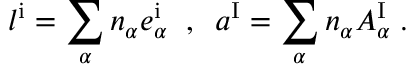
l ^ { \mathrm { i } } = \sum _ { \alpha } n _ { \alpha } { e _ { \alpha } ^ { \mathrm { i } } } \; \; , \; \; a ^ { \mathrm { I } } = \sum _ { \alpha } n _ { \alpha } A _ { \alpha } ^ { \mathrm { I } } \; .